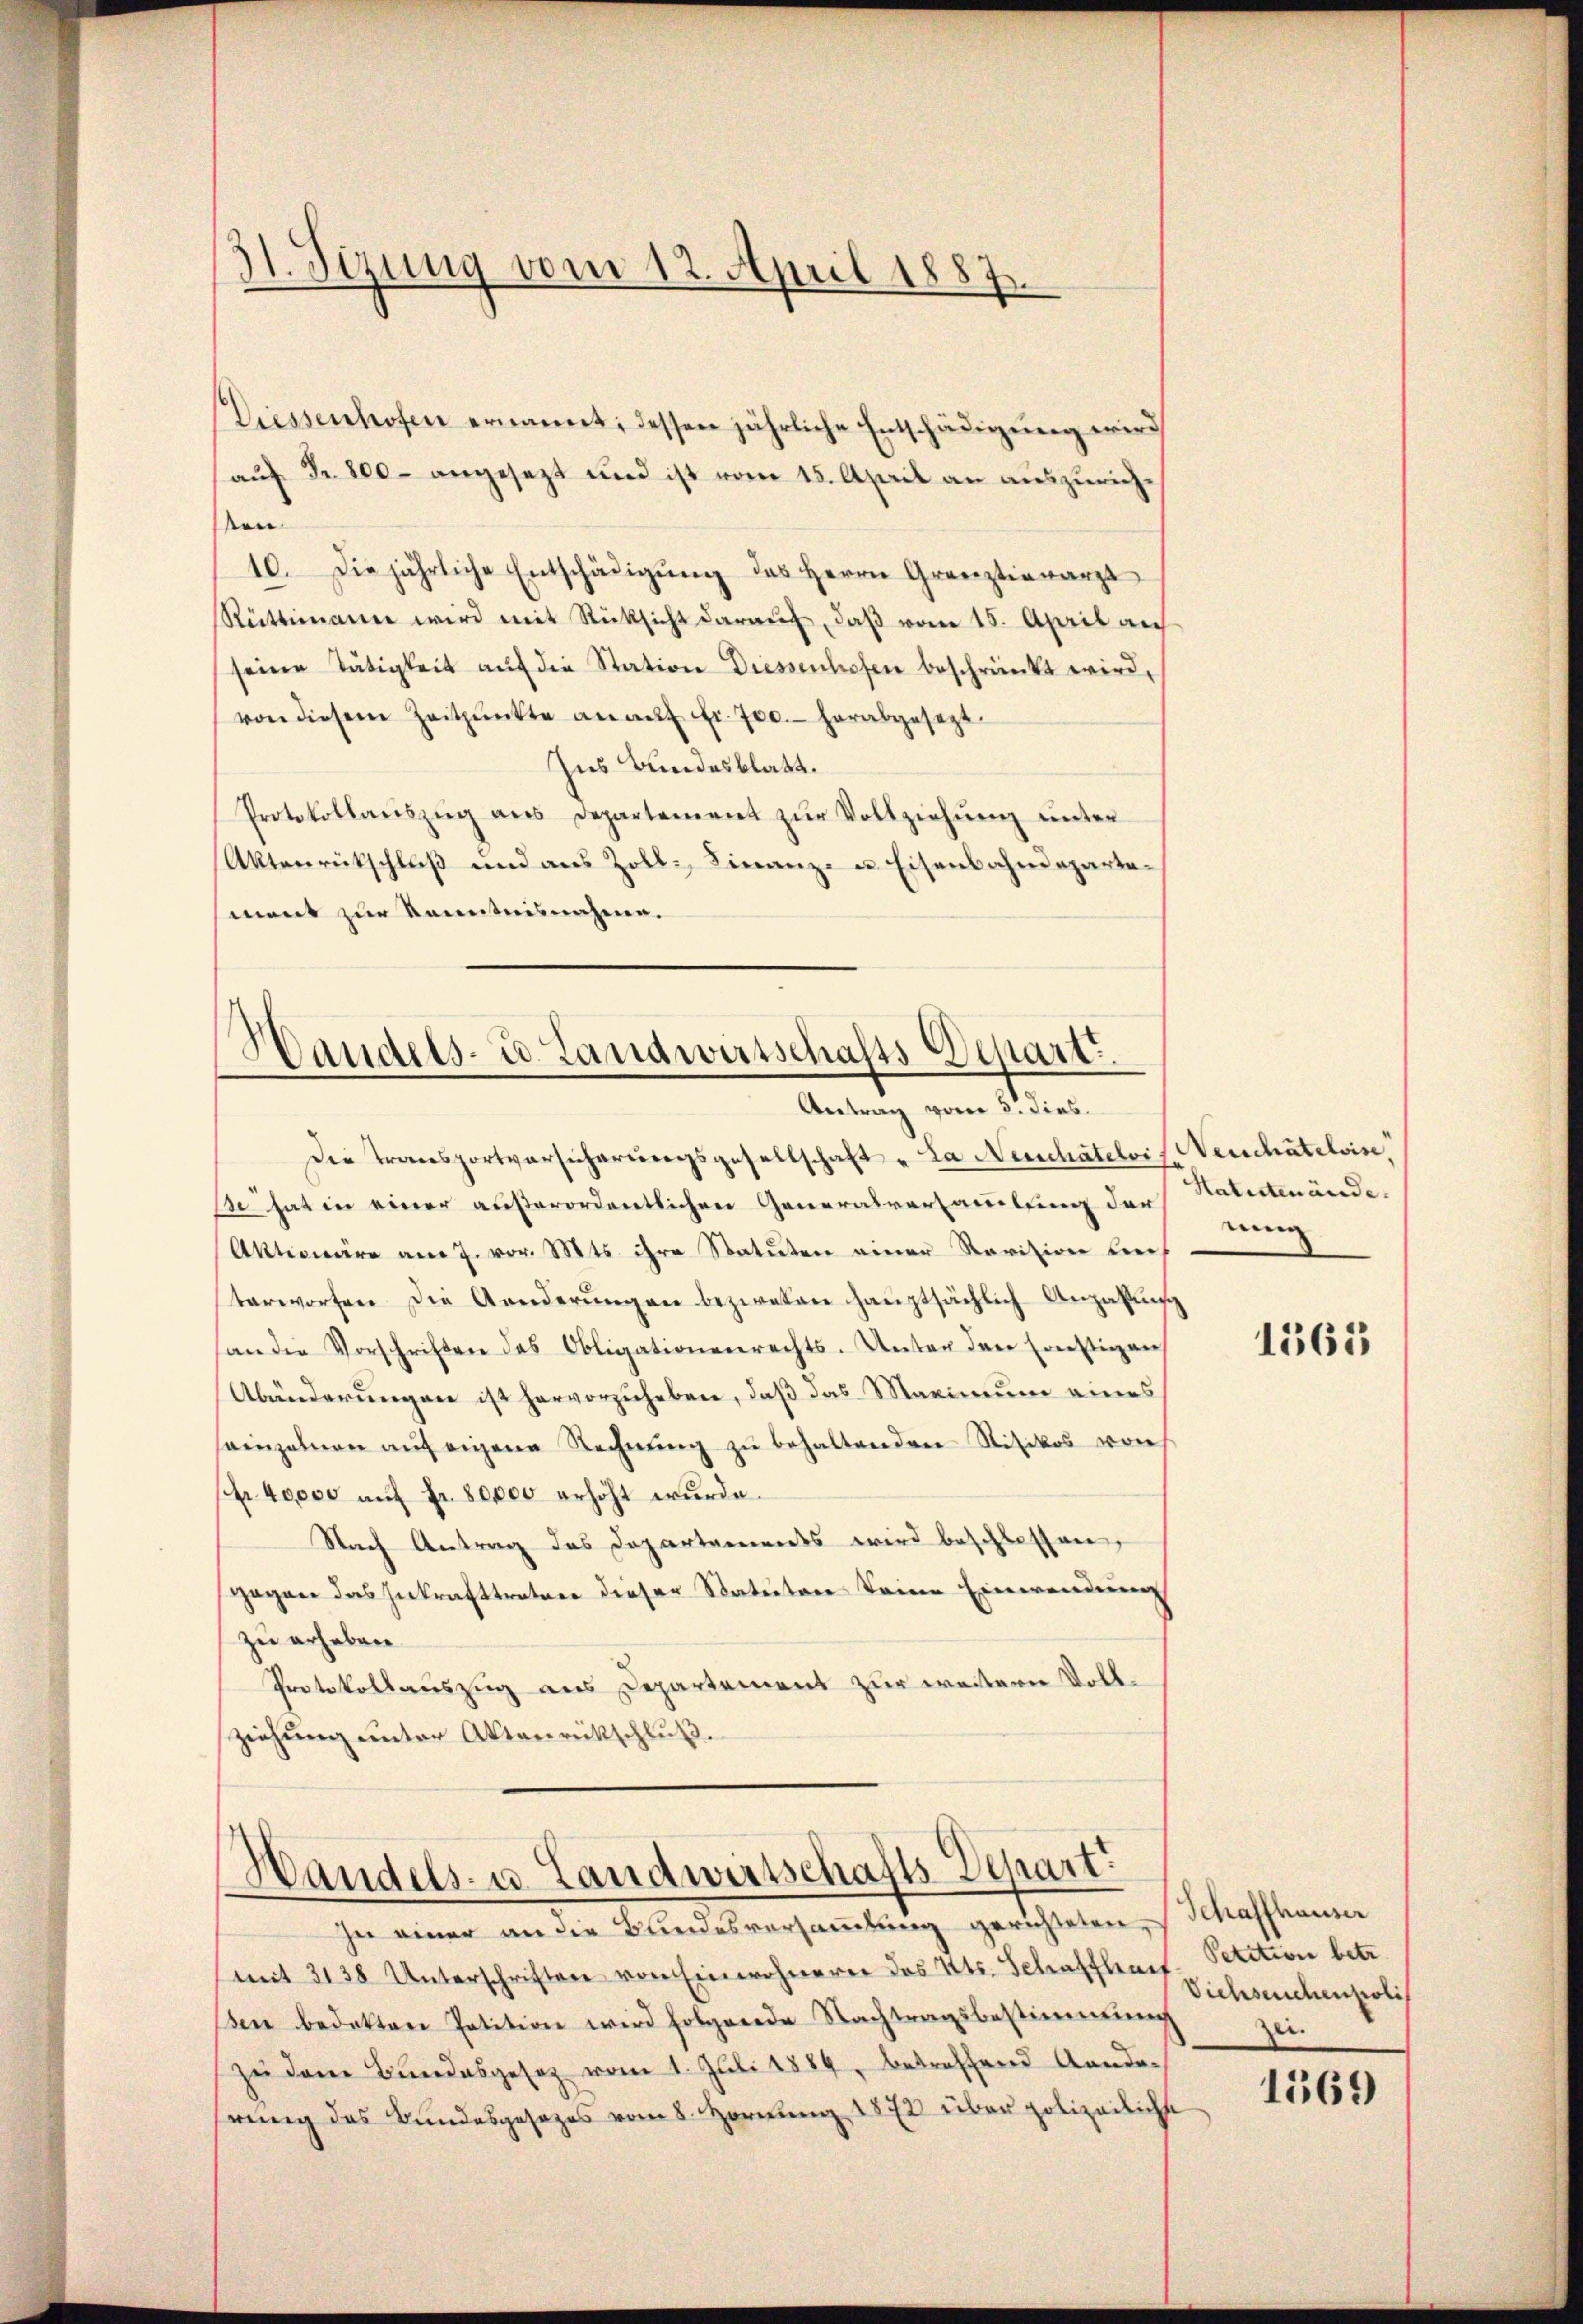
31. Sezung vom 12. April 1887

Diessenhofen ernannt; dessen jährliche Entschädigung wird
auf Fr. 800 angesezt und ist vom 15. April an auszurichsen
10. Die jährliche Entschädigŭng des Herrn Grenztierarzt
Rüttimann wird mit Rücksicht darauf, daß vom 15. April auf
seine Tätigkeit aŭf die Station Diessenhofen beschränkt wird,
von diesem Zeitpunkte an aŭf fr. 700. herabgesezt
Ins Bundesblatt.
Protokollaŭszŭg ans Departement zŭr Vollziehŭng ŭnter
Aktenrückschluß und aus Zoll, Finanz- u. Eisenbahndepartement zur Kenntnisnehmen.

Handels- u. Landwirtschafts-Depart
Antrag von 3. dies

Handels- u. Landwirtschafts-Depart

Die Transportversicherungsgesellschaft „La Neuchâtelois Weinschatelvise
ße hat in einer außerordentlichen Generalversammlung der
Aktionäre am 7. vor. Mts. ihre Statuten einer Ravition beeiterworfen die Aenderŭngen bezweien haŭptsächlich Anzahlung
an die Vorschriften das Obligationenrechts. Unter der Ernestigen
Abänderungen ist hervorzuheben, daß das Maximum eines
seinzelnen aŭf eigene Rechnŭng zŭ behaltenden Risikos von
fr. 40000 aŭf Fr. 80000 erhöht wŭrde.
Nach Antrag das Departements wird beschlossen,
gegen das Inkrafttretene dieser Statuten keine Einwendung
zu erheben.
Protokollauszug aus Departement zur weitern Vollziehŭng ŭnter Aktenrückschluß.

In einer an die Bundesversammlung gerichteten Schaffhauser
mit 2138 Unterschriften von Einwohnerer des Kts. Schaffhaus Petition betr.
ben bedekten Petition wird folgende Nachtragsbestimmung
zu dem Bundesgesetz vom 1. Juli 1884, betreffend Andarŭng des Bŭndesgesetzes vom 8. Hornŭng 1872 über polizeiliche

Hatutenände.
nung

1565

Viehseuchenpoli
zei.

1569